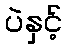
ပဲနှင့်